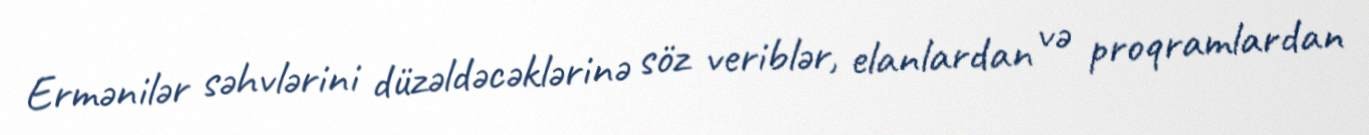
Ermənilər səhvlərini düzəldəcəklərinə söz veriblər, elanlardan və proqramlardan